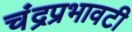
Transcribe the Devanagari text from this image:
चंद्रप्रभावटी